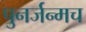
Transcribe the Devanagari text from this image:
पुनर्जन्मच